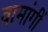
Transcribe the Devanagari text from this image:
वामांगीं